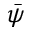
\bar { \psi }